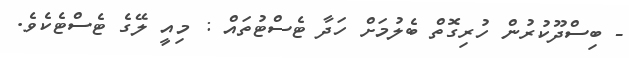
- ބިސްދޫކުރުން ހުރިގޮތް ބެލުމަށް ހަދާ ޓެސްޓުތައް : މިއީ ލޭގެ ޓެސްޓެކެވެ.